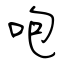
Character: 咆